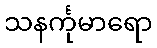
သနင်္ကုမာရော